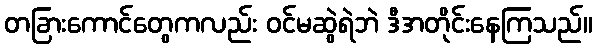
တခြားကောင်တွေကလည်း ဝင်မဆွဲရဲဘဲ ဒီအတိုင်းနေကြသည်။